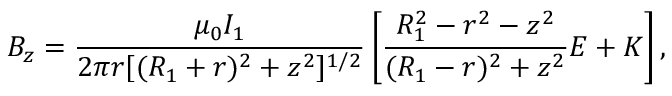
B _ { z } = \frac { \mu _ { 0 } I _ { 1 } } { 2 \pi r [ ( R _ { 1 } + r ) ^ { 2 } + z ^ { 2 } ] ^ { 1 / 2 } } \left[ \frac { R _ { 1 } ^ { 2 } - r ^ { 2 } - z ^ { 2 } } { ( R _ { 1 } - r ) ^ { 2 } + z ^ { 2 } } E + K \right] ,